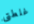
غلطتى